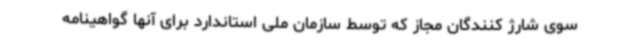
سوی شارژ کنندگان مجاز که توسط سازمان ملی استاندارد برای آنها گواهینامه